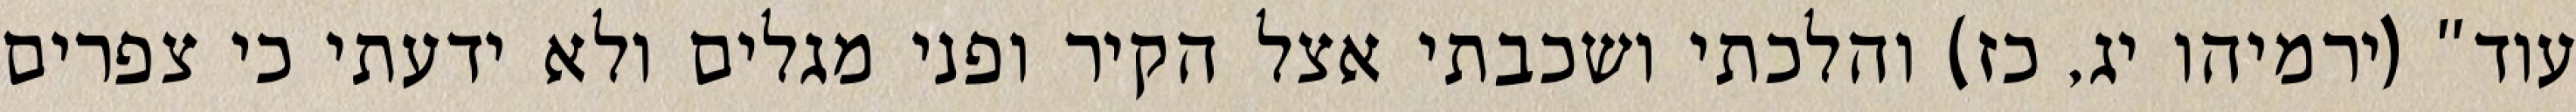
עוד" (ירמיהו יג, כז) והלכתי ושכבתי אצל הקיר ופני מגלים ולא ידעתי כי צפרים